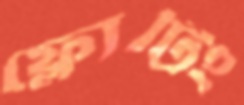
ফ্লোটিং